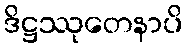
ဒိဋ္ဌဿုတေနာပိ